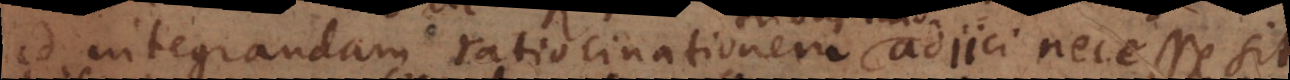
ad integrandam ratiocinationem adjici necesse sit: